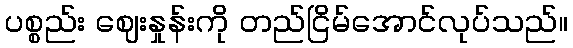
ပစ္စည်း ဈေးနှုန်းကို တည်ငြိမ်အောင်လုပ်သည်။